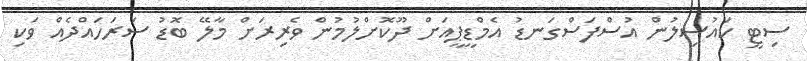
ސިޓީ ކައުސިލުން އުސްފަސްގަނޑު އެމްޑީޕީއަށް ދޫކޮށްލުމުން ވެރިރަށް މާލޭ ބޮޑު ސަރަހައްދެއް ވަކި